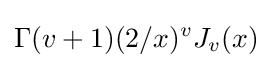
\Gamma (v+1)(2/x)^{v}J_{v}(x)